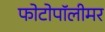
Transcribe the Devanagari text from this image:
फोटोपॉलीमर